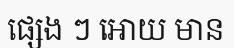
ផ្សេង ៗ អោយ មាន